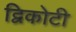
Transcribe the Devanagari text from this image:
द्विकोटी